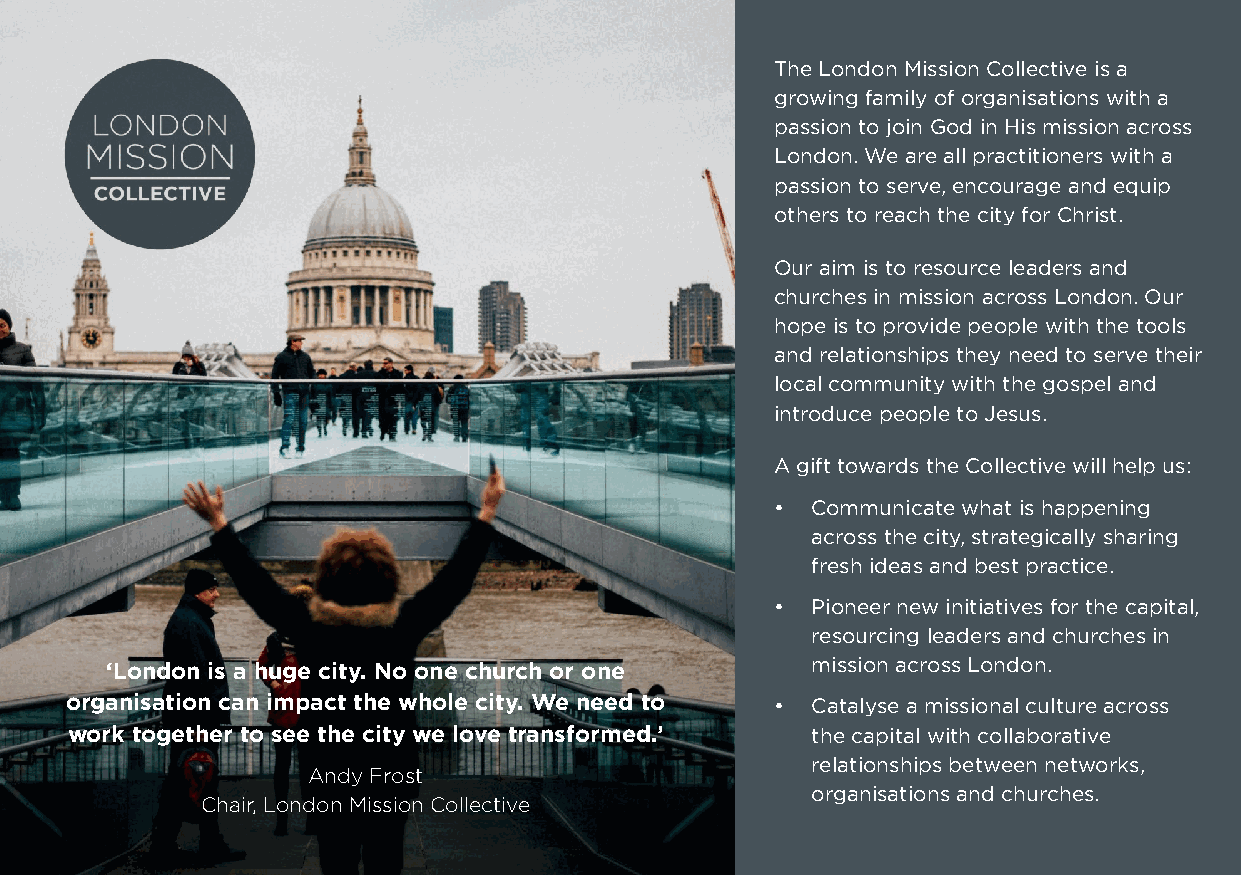
The London Mission Collective is a
 growing family of organisations with a
 passion to join God in His mission across
 London. We are all practitioners with a
 passion to serve, encourage and equip
 others to reach the city for Christ.
 Our aim is to resource leaders and
 churches in mission across London. Our
 hope is to provide people with the tools
 and relationships they need to serve their
 local community with the gospel and
 introduce people to Jesus.
 A gift towards the Collective will help us:
 •  Communicate what is happening
 across the city, strategically sharing
 fresh ideas and best practice.
 •  Pioneer new initiatives for the capital,
 resourcing leaders and churches in
 mission across London.
 ‘London is a huge city. No one church or one
 organisation can impact the whole city. We need to • Catalyse a missional culture across
 work together to see the city we love transformed.’ the capital with collaborative
 relationships between networks,
 Andy Frost
 organisations and churches.
 Chair, London Mission Collective